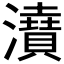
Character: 𤃋